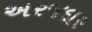
અરજદાર